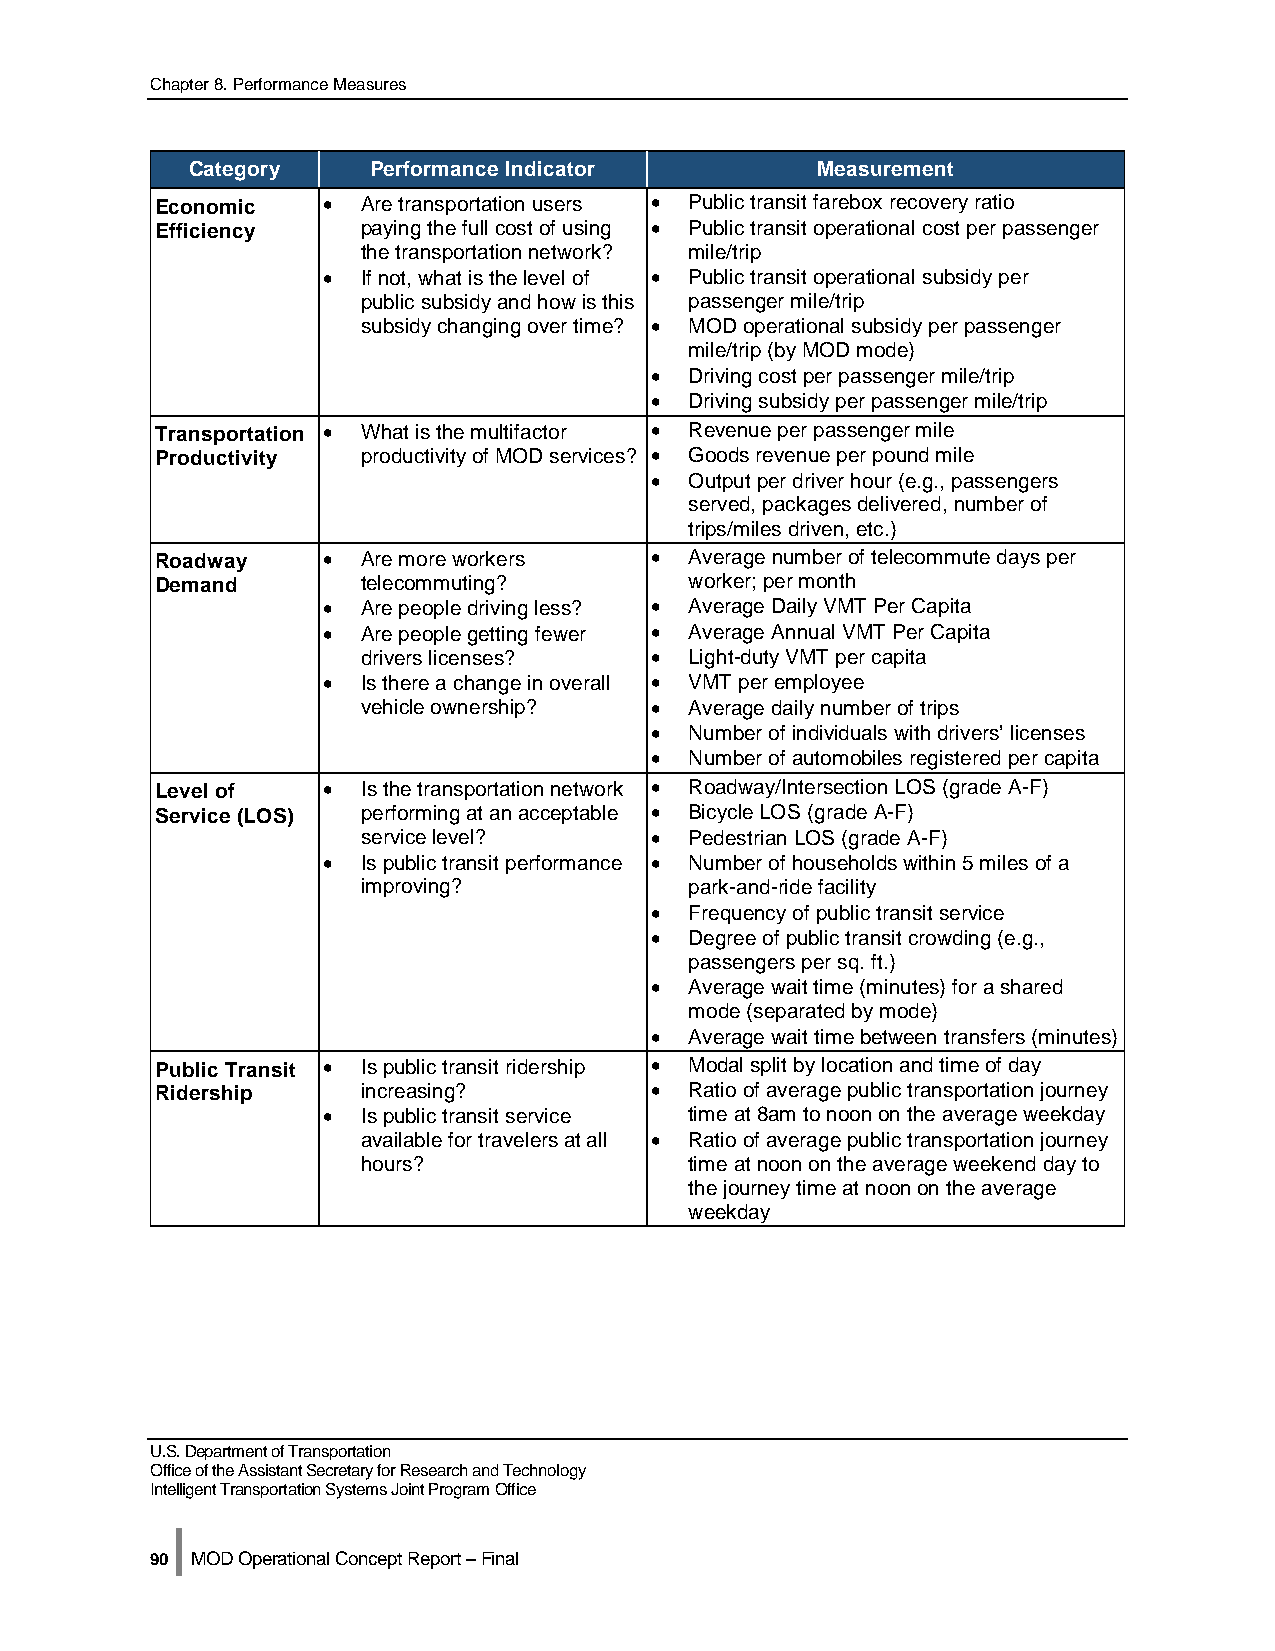
Chapter 8. Performance Measures
 Category    Performance Indicator         Measurement
 Economic   •  Are transportation users • Public transit farebox recovery ratio
 Efficiency    paying the full cost of using • Public transit operational cost per passenger
 the transportation network? mile/trip
 •  If not, what is the level of • Public transit operational subsidy per
 public subsidy and how is this passenger mile/trip
 subsidy changing over time? • MOD operational subsidy per passenger
 mile/trip (by MOD mode)
 •  Driving cost per passenger mile/trip
 •  Driving subsidy per passenger mile/trip
 Transportation • What is the multifactor • Revenue per passenger mile
 Productivity  productivity of MOD services? • Goods revenue per pound mile
 •  Output per driver hour (e.g., passengers
 served, packages delivered, number of
 trips/miles driven, etc.)
 Roadway    •  Are more workers   •  Average number of telecommute days per
 Demand        telecommuting?        worker; per month
 •  Are people driving less? • Average Daily VMT Per Capita
 •  Are people getting fewer • Average Annual VMT Per Capita
 drivers licenses?  •  Light-duty VMT per capita
 •  Is there a change in overall • VMT per employee
 vehicle ownership? •  Average daily number of trips
 •  Number of individuals with drivers’ licenses
 •  Number of automobiles registered per capita
 Level of   •  Is the transportation network • Roadway/Intersection LOS (grade A-F)
 Service (LOS) performing at an acceptable • Bicycle LOS (grade A-F)
 service level?     •  Pedestrian LOS (grade A-F)
 •  Is public transit performance • Number of households within 5 miles of a
 improving?            park-and-ride facility
 •  Frequency of public transit service
 •  Degree of public transit crowding (e.g.,
 passengers per sq. ft.)
 •  Average wait time (minutes) for a shared
 mode (separated by mode)
 •  Average wait time between transfers (minutes)
 Public Transit • Is public transit ridership • Modal split by location and time of day
 Ridership     increasing?        •  Ratio of average public transportation journey
 •  Is public transit service time at 8am to noon on the average weekday
 available for travelers at all • Ratio of average public transportation journey
 hours?                time at noon on the average weekend day to
 the journey time at noon on the average
 weekday
 U.S. Department of Transportation
 Office of the Assistant Secretary for Research and Technology
 Intelligent Transportation Systems Joint Program Office
 |
 90 MOD Operational Concept Report – Final